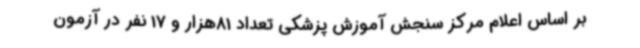
بر اساس اعلام مرکز سنجش آموزش پزشکی تعداد 81هزار و 17 نفر در آزمون